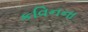
કવિનના